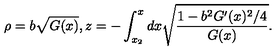
\rho = b \sqrt { G ( x ) } , z = - \int _ { x _ { 2 } } ^ { x } d x \sqrt { \frac { { 1 - b ^ { 2 } G ^ { \prime } ( x ) ^ { 2 } } / 4 } { G ( x ) } } .